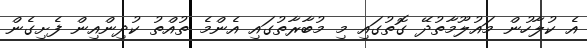
އެ ކުލާހުން މައުލޫމާތުދޭ ގޮތުގައި މި މުބާރާތުގައި އެންމެ ތުއްތު ކުދިންއިން ފެށިގެން